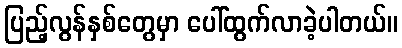
ပြည့်လွန်နှစ်တွေမှာ ပေါ်ထွက်လာခဲ့ပါတယ်။